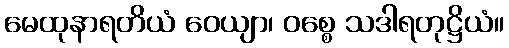
မေထုနာရတိယံ ဝေယျာ၊ ဝစ္စေ သဒါရတုဋ္ဌိယံ။